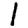
Digit: 1